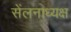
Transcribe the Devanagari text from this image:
सेंलनाध्यक्ष